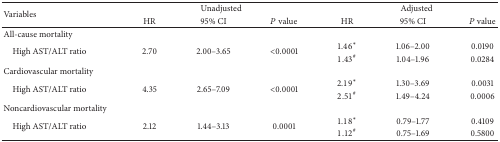
<table><thead><tr><td rowspan="2"><b>Variables</b></td><td colspan="3"><b>Unadjusted</b></td><td colspan="3"><b>Adjusted</b></td></tr><tr><td><b>HR</b></td><td><b>95% CI</b></td><td><b><i>P</i> value</b></td><td><b>HR</b></td><td><b>95% CI</b></td><td><b><i>P</i> value</b></td></tr></thead><tbody><tr><td>All-cause mortality</td><td> </td><td> </td><td> </td><td> </td><td> </td><td> </td></tr><tr><td rowspan="2"> High AST/ALT ratio</td><td rowspan="2">2.70</td><td rowspan="2">2.00–3.65</td><td rowspan="2">&lt;0.0001</td><td>1.46<sup><i>∗</i></sup></td><td>1.06–2.00</td><td>0.0190</td></tr><tr><td>1.43<sup>#</sup></td><td>1.04–1.96</td><td>0.0284</td></tr><tr><td>Cardiovascular mortality</td><td> </td><td> </td><td> </td><td> </td><td> </td><td> </td></tr><tr><td rowspan="2"> High AST/ALT ratio</td><td rowspan="2">4.35</td><td rowspan="2">2.65–7.09</td><td rowspan="2">&lt;0.0001</td><td>2.19<sup><i>∗</i></sup></td><td>1.30–3.69</td><td>0.0031</td></tr><tr><td>2.51<sup>#</sup></td><td>1.49–4.24</td><td>0.0006</td></tr><tr><td>Noncardiovascular mortality</td><td> </td><td> </td><td> </td><td> </td><td> </td><td> </td></tr><tr><td rowspan="2"> High AST/ALT ratio</td><td rowspan="2">2.12</td><td rowspan="2">1.44–3.13</td><td rowspan="2">0.0001</td><td>1.18<sup><i>∗</i></sup></td><td>0.79–1.77</td><td>0.4109</td></tr><tr><td>1.12<sup>#</sup></td><td>0.75–1.69</td><td>0.5800</td></tr></tbody></table>